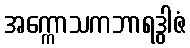
အက္ကောသကဘာရဒွါဇံ